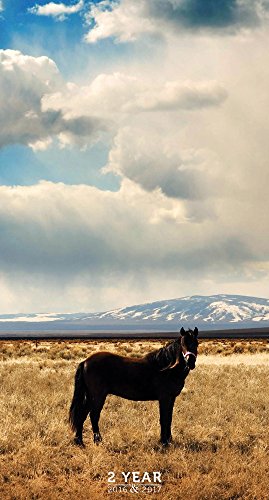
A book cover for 2016-2017 Horses 2 Year Pocket Calendar; TF Publishing; Calendars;